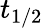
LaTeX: t_{1/2}